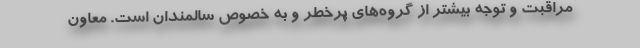
مراقبت و توجه بیشتر از گروه‌های پرخطر و به خصوص سالمندان است. معاون